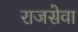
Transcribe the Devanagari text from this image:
राजसेवा